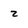
Character: z